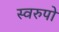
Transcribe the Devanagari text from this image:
स्वरुपो